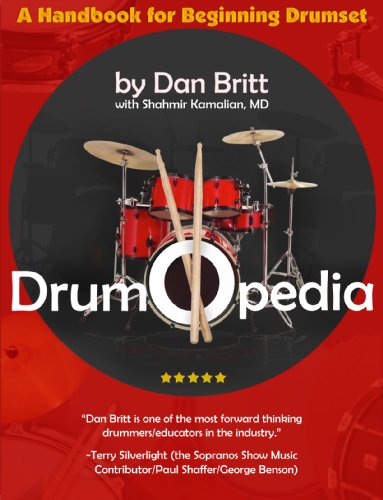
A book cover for Drumopedia: A Handbook for Beginning Drumset; Dan Britt; Teen & Young Adult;